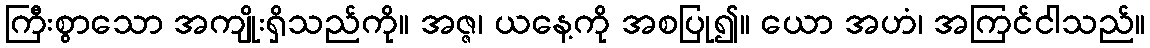
ကြီးစွာသော အကျိုးရှိသည်ကို။ အဇ္ဇ၊ ယနေ့ကို အစပြု၍။ ယော အဟံ၊ အကြင်ငါသည်။